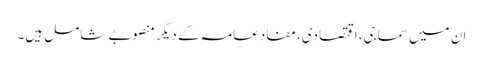
ان میں سماجی، اقتصادی، مفادعامہ کے دیگر منصوبے شامل ہیں۔